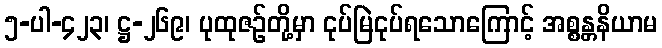
၅-ပါ-၄၂၃၊ ဋ္ဌ-၂၆၉၊ ပုထုဇဉ်တို့မှာ ငုပ်မြဲငုပ်ရသောကြောင့် အစ္စန္တနိယာမ